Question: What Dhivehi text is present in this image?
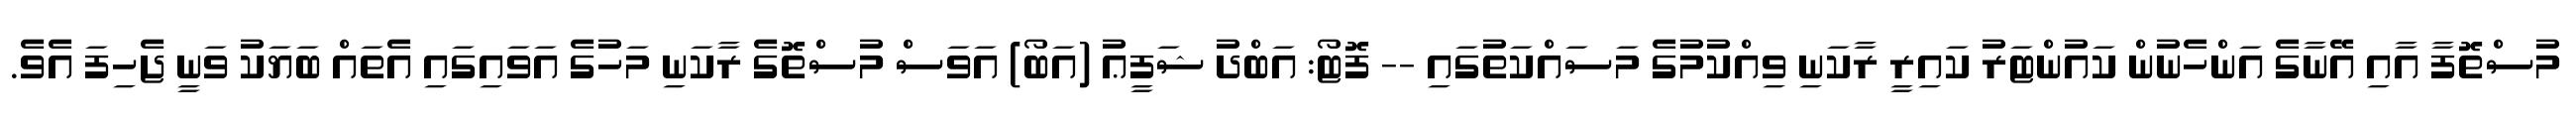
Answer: މުސްތޮފާ އާއި އޭނާގެ އަންހެނުން ކައުންޓަރު ކައިރީ ރާކަނި ވިއްކުމުގެ މަސައްކަތުގައި -- ފޮޓޯ: އަބްދު ޝަފީޢު (އަބޯ) އަވަސް މުސްތޮގެ ރާކަނި މަހުގެ އަވައިގައި އެތައް ބަޔަކު ވަނީ ޖެހިފަ އެވެ.